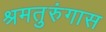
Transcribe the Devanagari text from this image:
श्रमतुरुंगास